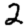
Digit: 2